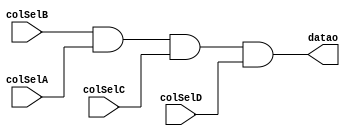
module drv4
  (input colSelA,
   input colSelB,
   input colSelC,
   input colSelD,
   output datao
   );
   assign datao = colSelB & colSelA & colSelC & colSelD;
endmodule